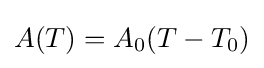
A(T)=A_{0}(T-T_{0})